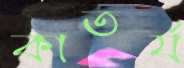
কাতর্য